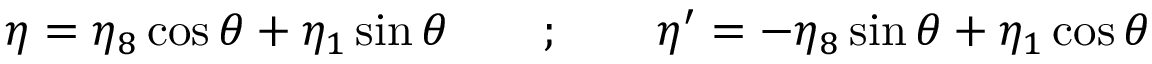
\eta = \eta _ { 8 } \cos \theta + \eta _ { 1 } \sin \theta \quad \quad ; \quad \quad \eta ^ { \prime } = - \eta _ { 8 } \sin \theta + \eta _ { 1 } \cos \theta